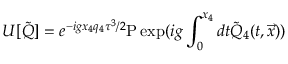
U [ { \tilde { Q } } ] = e ^ { - i g x _ { 4 } q _ { 4 } \tau ^ { 3 } / 2 } \mathrm { P } \exp ( i g \int _ { 0 } ^ { x _ { 4 } } d t { \tilde { Q } } _ { 4 } ( t , { \vec { x } } ) )